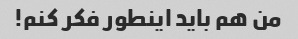
من هم باید اینطور فکر کنم!